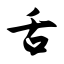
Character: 舌